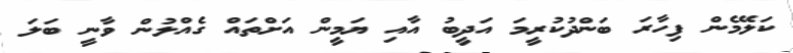
ކަލޭމެން ފިހާރަ ބަންދުކުރީމަ އަދީބު އާއި ޔަމީން އަށްތައް ގެއްލުން ވާނީ ބަލަ